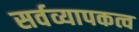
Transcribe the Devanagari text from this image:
सर्वव्यापकत्व